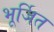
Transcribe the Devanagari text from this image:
भूर्जित